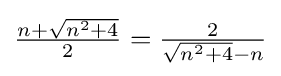
{\textstyle {\frac {n+{\sqrt {n^{2}+4}}}{2}}={\frac {2}{{\sqrt {n^{2}+4}}-n}}}